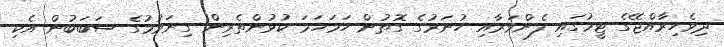
ދިވެހިރާއްޖޭގެ ޓީމުގައި ފެންވަރާއި ހުނަރުގެ ގޮތުން ހަމަހަމަ ކުޅުންތެރިން ގިނަވުމުގެ ސަބަބުން އެކި